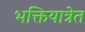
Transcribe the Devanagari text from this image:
भक्तियात्रेत